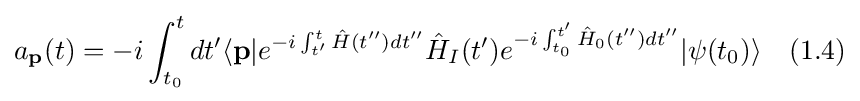
a_{\textbf {p}}(t)=-i\int _{t_{0}}^{t}dt'\langle {\textbf {p}}|e^{-i\int _{t'}^{t}{\hat {H}}(t'')dt''}{\hat {H}}_{I}(t')e^{-i\int _{t_{0}}^{t'}{\hat {H}}_{0}(t'')dt''}|{\psi (t_{0})}\rangle \quad (1.4)